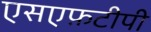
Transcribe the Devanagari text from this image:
एसएफ़टीपी